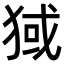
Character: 𬌶